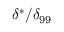
\delta ^ { * } / \delta _ { 9 9 }